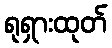
ရုရှားထုတ်